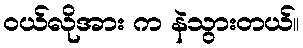
ဝယ်လိုအား က နဲသွားတယ်။